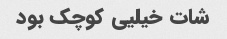
شات خیلیی کوچک بود